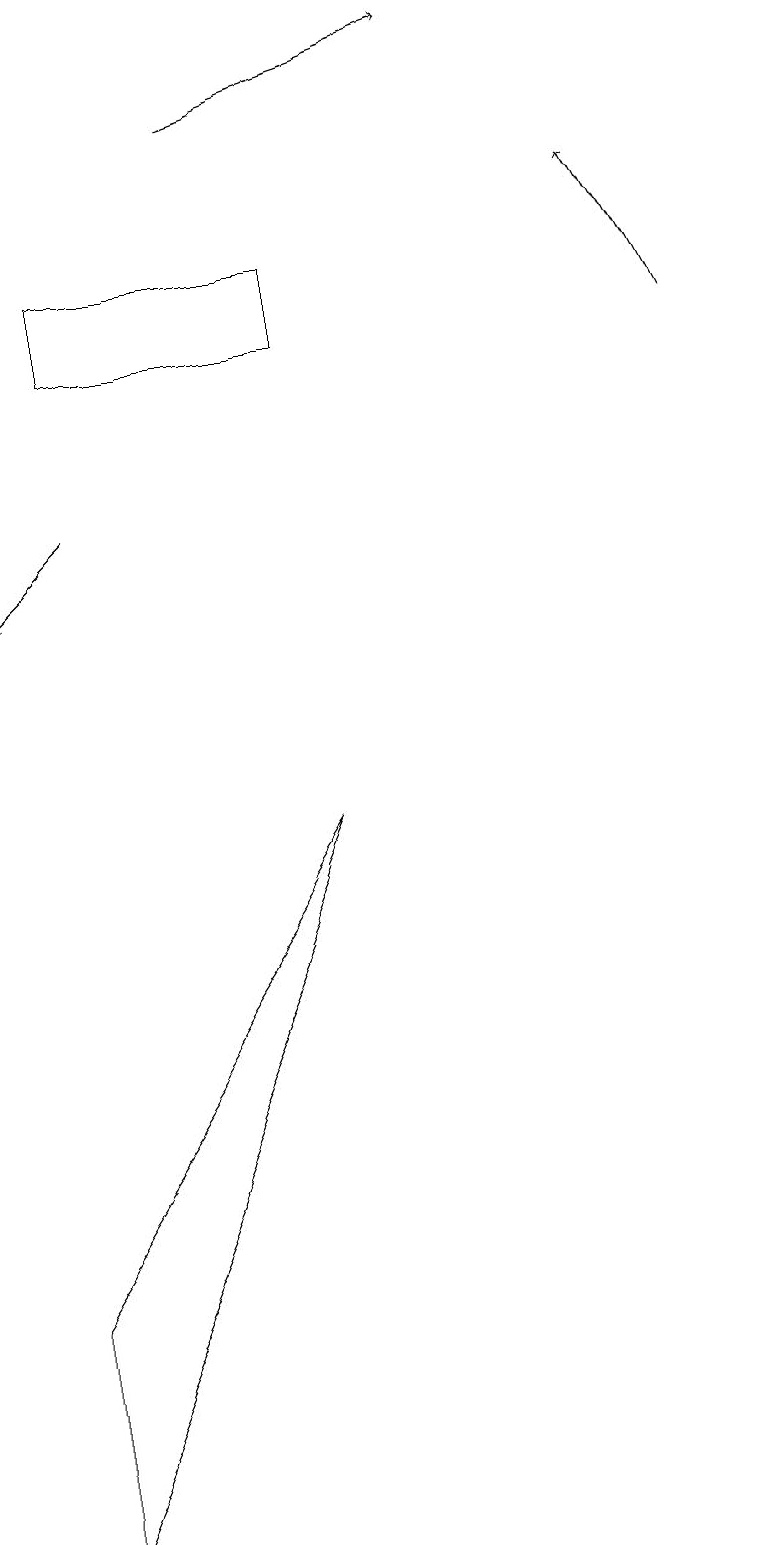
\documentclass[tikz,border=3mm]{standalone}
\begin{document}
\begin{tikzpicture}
\draw[->] (9,15) -- (8,17);
\draw (4,9) -- (0,0) -- (0,3) -- cycle;
\draw[->] (3,18) -- (6,19);
\draw (4,16) rectangle (1,15);
\draw[->] (1,13) -- (0,12);
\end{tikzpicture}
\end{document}